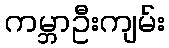
ကမ္ဘာဦးကျမ်း